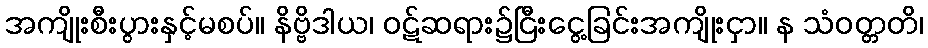
အကျိုးစီးပွားနှင့်မစပ်။ နိဗ္ဗိဒါယ၊ ဝဋ်ဆရား၌ငြီးငွေ့ခြင်းအကျိုးငှာ။ န သံဝတ္တတိ၊